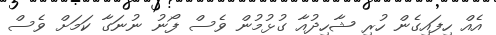
އެއް ހިފައިގެން ހުރި ޝާހިދުއާ ގުޅުމުން ވެސް ފޯނު ނުނަގާ ކަމަށް ވެސް